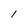
Character: l